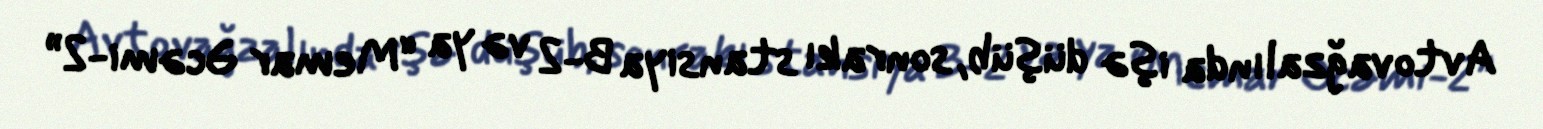
Avtovağzalında işə düşüb, sonrakı stansiya B-2 və ya “Memar Əcəmi-2”